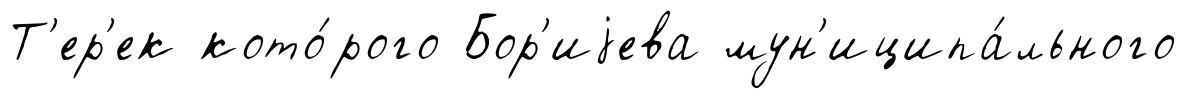
Т'ер'ек кото́рого Бор'иjева мун'иципа́льного